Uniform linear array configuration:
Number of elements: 24
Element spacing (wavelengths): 0.75
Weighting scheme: blackman
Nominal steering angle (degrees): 15
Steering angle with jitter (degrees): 15.392
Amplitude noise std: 0.05
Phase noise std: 0.05

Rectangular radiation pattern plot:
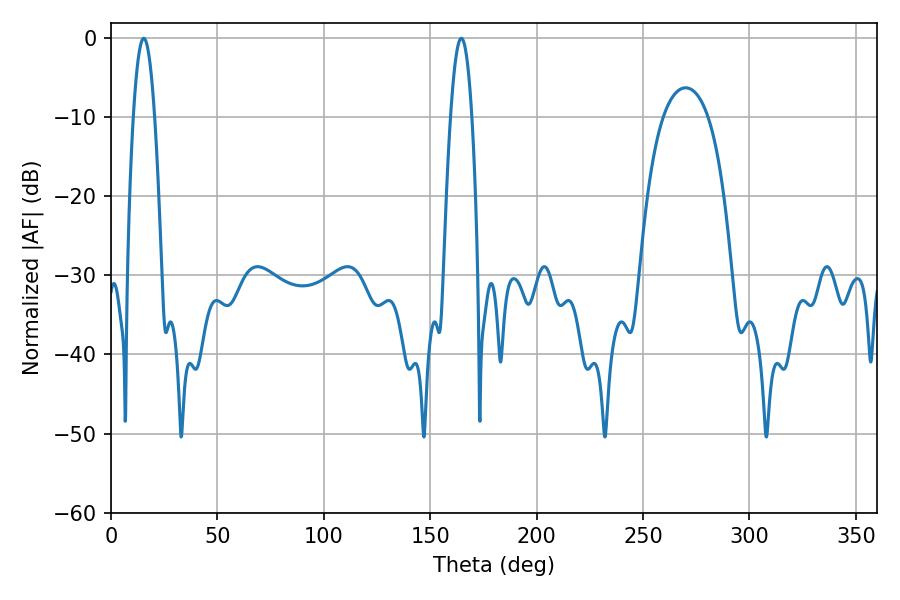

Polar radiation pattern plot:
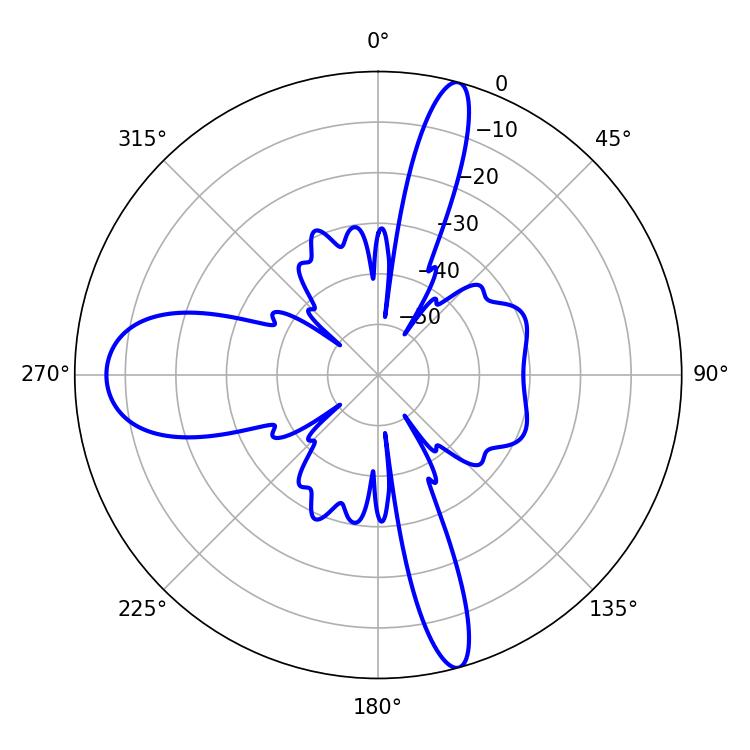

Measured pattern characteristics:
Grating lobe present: TRUE
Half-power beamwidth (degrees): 5.58
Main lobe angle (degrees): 15.3